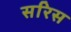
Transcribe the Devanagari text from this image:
सरिस